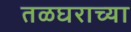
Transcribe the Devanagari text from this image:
तळघराच्या